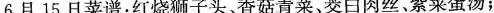
6月15日菜谱：红烧狮子头、香菇青菜、茭白肉丝紫菜蛋汤；